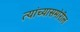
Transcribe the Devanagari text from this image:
त्यांच्यासमोरील